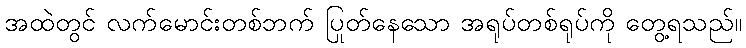
အထဲတွင် လက်မောင်းတစ်ဘက် ပြုတ်နေသော အရုပ်တစ်ရုပ်ကို တွေ့ရသည်။